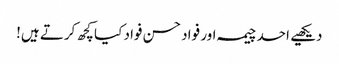
دیکھیے احد چیمہ اور فواد حسن فواد کیا کچھ کرتے ہیں!